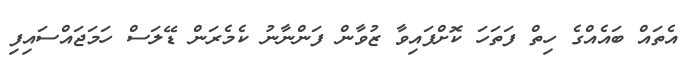
އެތައް ބައެއްގެ ހިތް ފަތަހަ ކޮށްފައިވާ ޒުވާން ފަންނާނު ކެމެރަން ޑޭލަސް ހަމަޖައްސައިފި